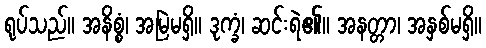
ရုပ်သည်။ အနိစ္စံ၊ အမြဲမရှိ။ ဒုက္ခံ၊ ဆင်းရဲ၏။ အနတ္တာ၊ အနှစ်မရှိ။